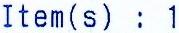
ITEM(S) : 1